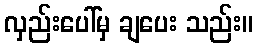
လှည်းပေါ်မှ ချပေး သည်း။